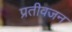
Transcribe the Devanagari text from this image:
प्रतीवजन